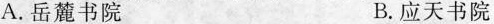
A.岳麓书院 B.应天书院